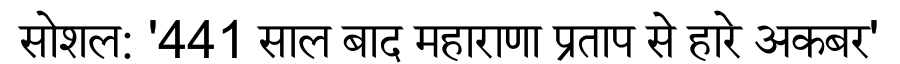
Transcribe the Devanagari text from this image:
सोशल: '441 साल बाद महाराणा प्रताप से हारे अकबर'